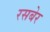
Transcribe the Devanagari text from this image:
रसबेर